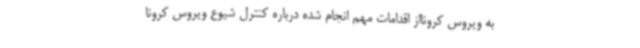
به ویروس کرونااز اقدامات مهم انجام شده درباره کنترل شیوع ویروس کرونا